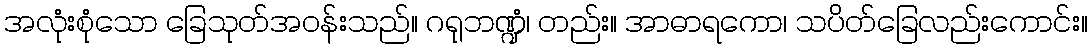
အလုံးစုံသော ခြေသုတ်အဝန်းသည်။ ဂရုဘဏ္ဍံ၊ တည်း။ အာဓာရကော၊ သပိတ်ခြေလည်းကောင်း။